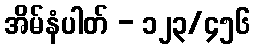
အိမ်နံပါတ် - ၁၂၃/၄၅၆